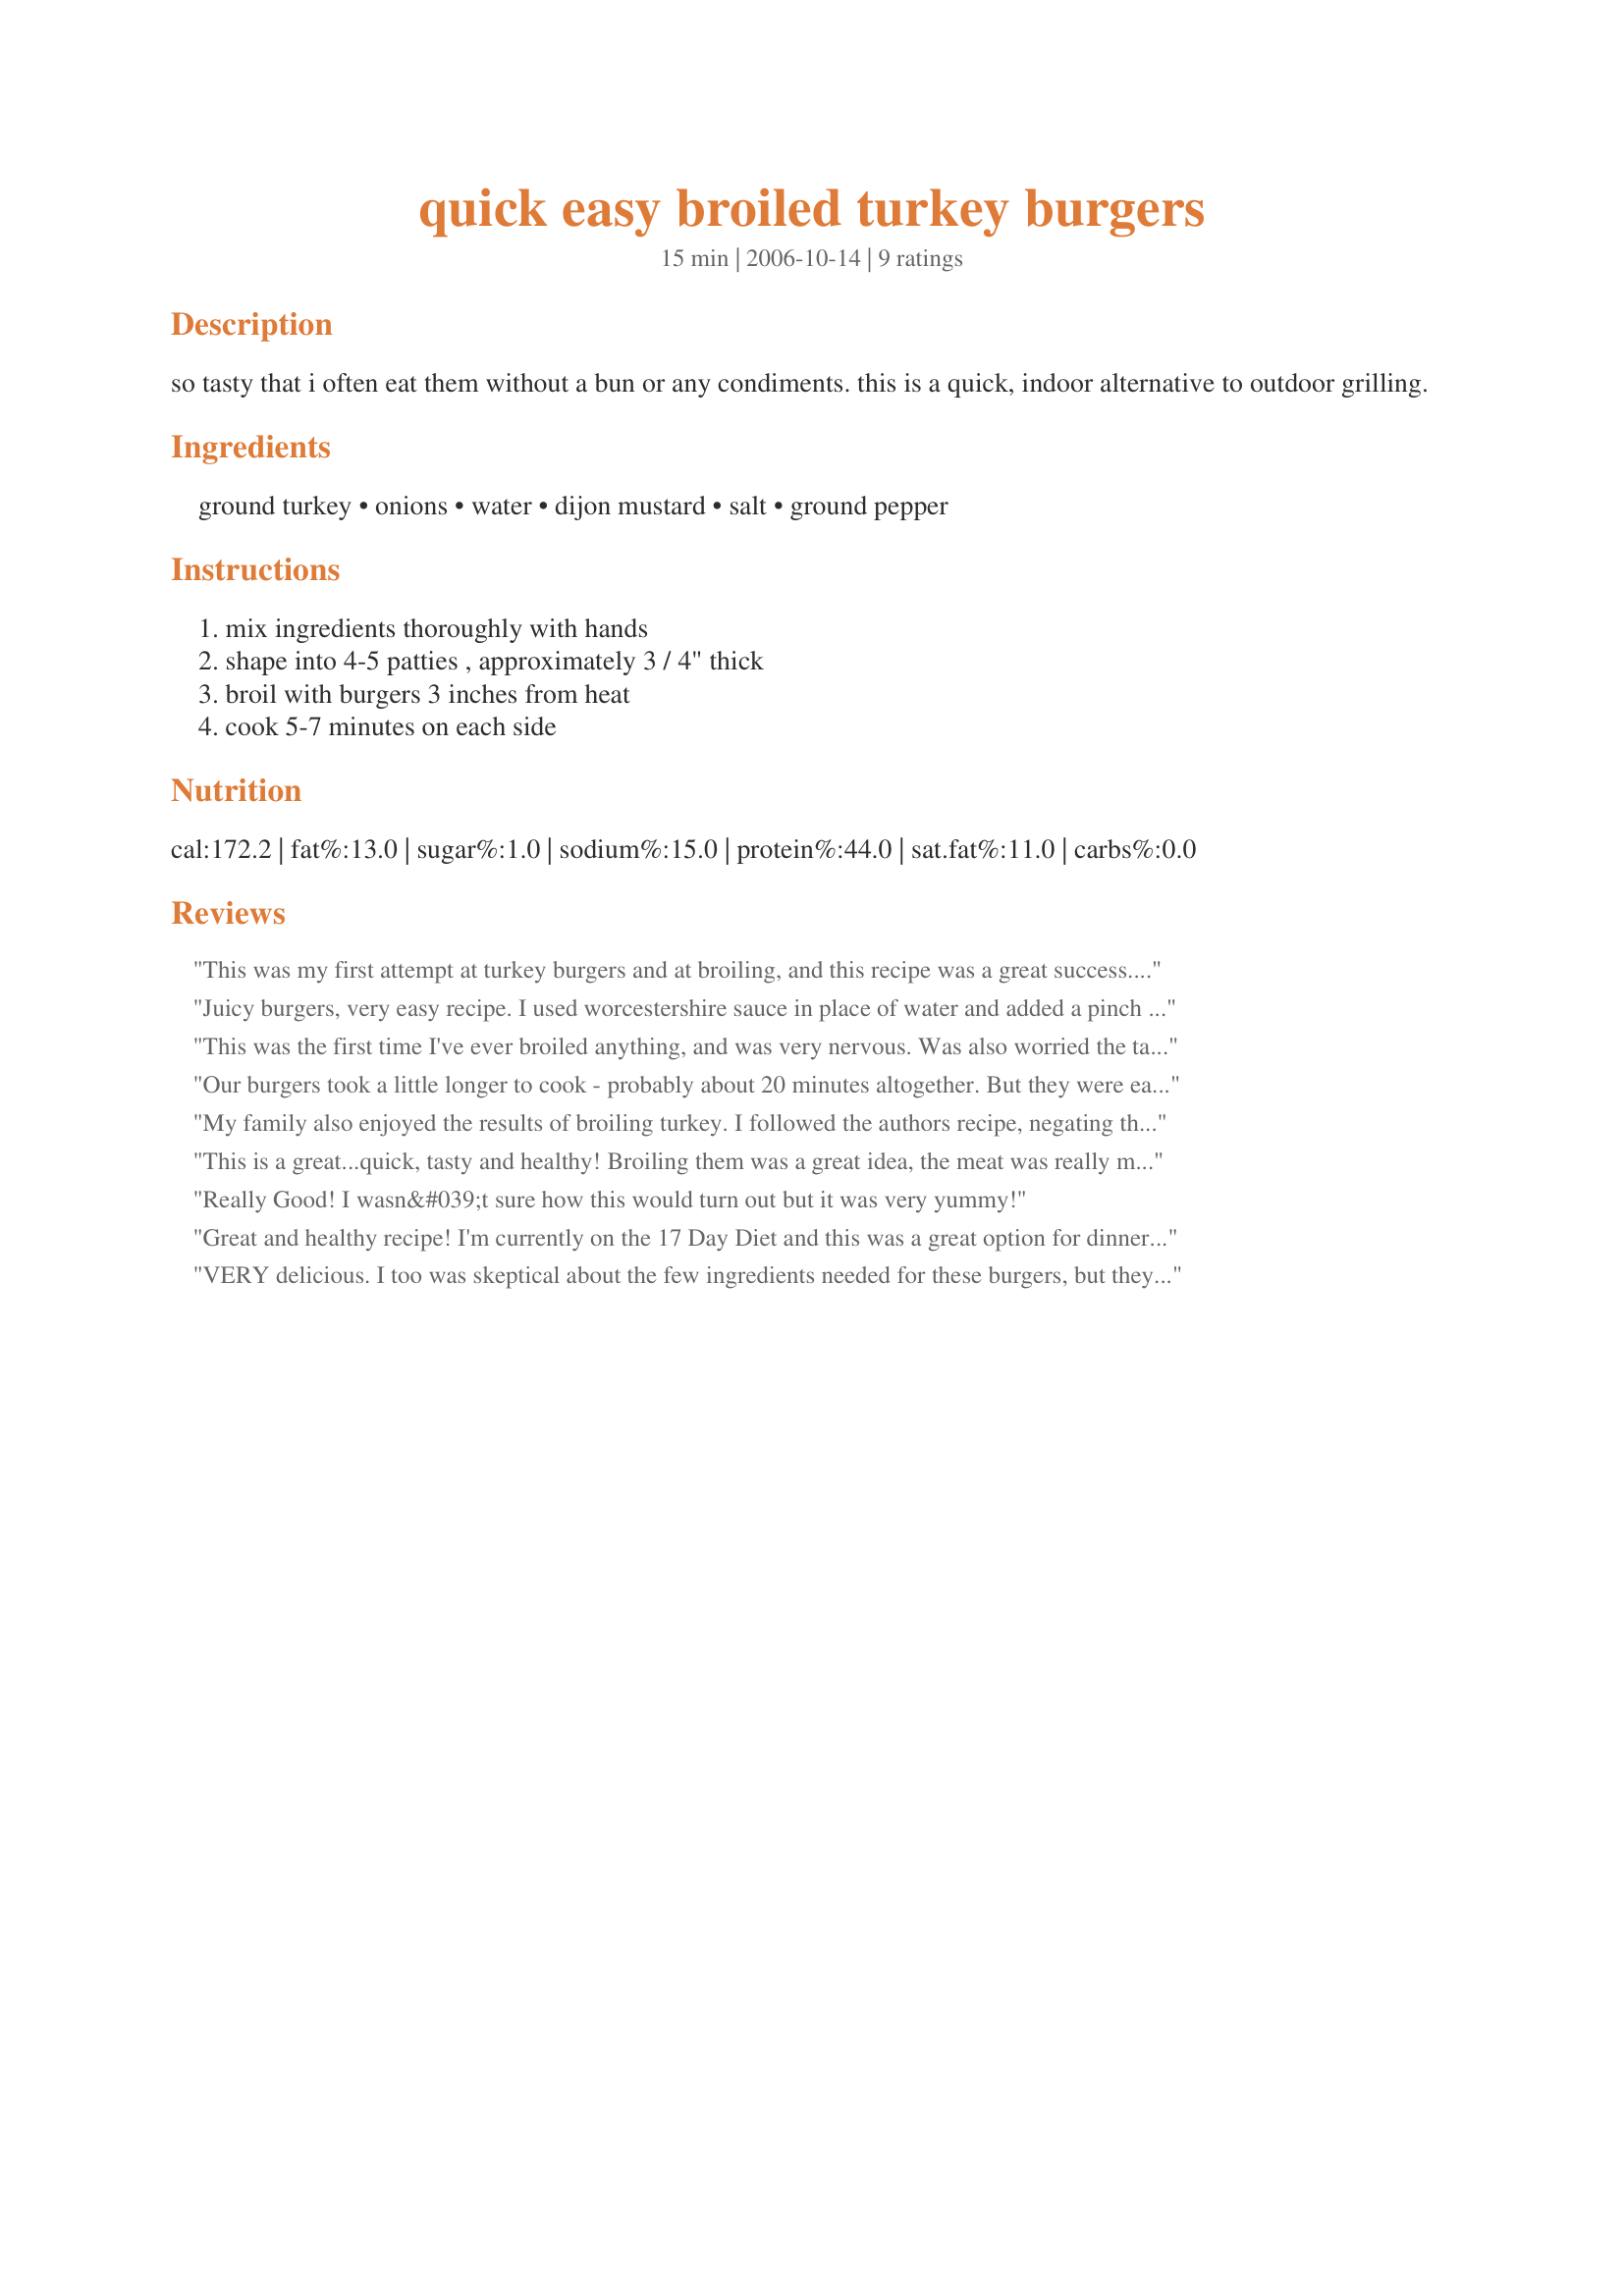
quick easy broiled turkey burgers
Preparation time: 15 minutes

so tasty that i often eat them without a bun or any condiments. this is a quick, indoor alternative to outdoor grilling.

Ingredients:
ground turkey, onions, water, dijon mustard, salt, ground pepper

Steps:
mix ingredients thoroughly with hands, shape into 4-5 patties , approximately 3 / 4" thick, broil with burgers 3 inches from heat, cook 5-7 minutes on each side

Reviews:
This was my first attempt at turkey burgers and at broiling, and this recipe was a great success. My 12-yr-old son started out saying (with a smile), "Those look like gray blobs of mush." He ended up saying, "Oh, yeah, Mom. 5 stars, and make sure you put in the review that this is the best burger I ever had!" His sister and two brothers heartily agreed, and you can't get a better review than that in my book! :-) A couple of notes: I used spicy brown mustard instead of dijon (by mistake); seemed to work well, though. As a first-timer in broiling burgers, I made the mistake of using a baking sheet with "open" corners--made quite a mess in the oven from the drippings. My bad!! The burgers kind of puffed up during cooking, so I'll make the patties thinner and larger in diameter next time. Overall, an absolutely wonderful recipe that was flavorful, nutritious, and a winner with all the kids. Definitely a keeper! Thanks for posting, What's Cooking? :-)
Juicy burgers, very easy recipe. I used worcestershire sauce in place of water and added a pinch of oregano and thyme. I also used a cooking rack on top of a cookie sheet so the fat could drain off....still very juicy.
This was the first time I've ever broiled anything, and was very nervous. Was also worried the taste being bland with so few ingredients. Nope! It was a fabulous! The only thing I changed was using only about 1 tablespoon of chopped onions and LOVED it. Will definitely use it again!!!!
Our burgers took a little longer to cook - probably about 20 minutes altogether. But they were easy to make, and they tasted great!
My family also enjoyed the results of broiling turkey. I followed the authors recipe, negating the water, used regular mustard, added 8 saltines, instead of salt. Thank you, p.s. I can remember a similar recipe mom served often, including canned or fresh salmon.
This is a great...quick, tasty and healthy! Broiling them was a great idea, the meat was really moist, loved the onions...also, nothing really overpowers so it makes a good base if you want to change things around. At dinner we played a game of seeing how you could use them. My daughter's favorite idea was adding taco seasoning and serving with salsa, guacomole, nacho cheese, ect for Mexi-burgers. I like the thought of using mozzarella and spaghetti sauce for Italian burgers. We can't wait to get creative! BF liked them plain without the bun. Figures.
Thanks for posting.
Really Good! I wasn&#039;t sure how this would turn out but it was very yummy!
Great and healthy recipe! I'm currently on the 17 Day Diet and this was a great option for dinner and super easy to make. Even my family who aren't on the diet enjoyed them! Win-win! Thanks!
VERY delicious. I too was skeptical about the few ingredients needed for these burgers, but they came out perfect! My kids, husband, and I love these burgers. The only adjustment that I made to this recipe was that I used Honey Mustard instead of Dijon, because that was all that I had on hand. The Dijon probably would have given it a little more kick but it still came out really good. I broiled 7 minutes per side. This is definitely quick and easy and a definite keeper in my kitchen!
